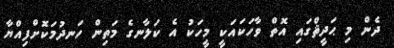
ދެން މި ޙަދީޘްގައި އޮތް ވާހަކައަކީ މީހަކު އެ ކަލާނގެ މަތިން ހަނދުމަކޮށްފިއްޔާ